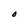
Character: O